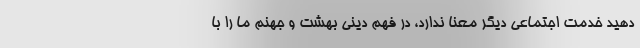
دهید خدمت اجتماعی دیگر معنا ندارد، در فهم دینی بهشت و جهنم ما را با